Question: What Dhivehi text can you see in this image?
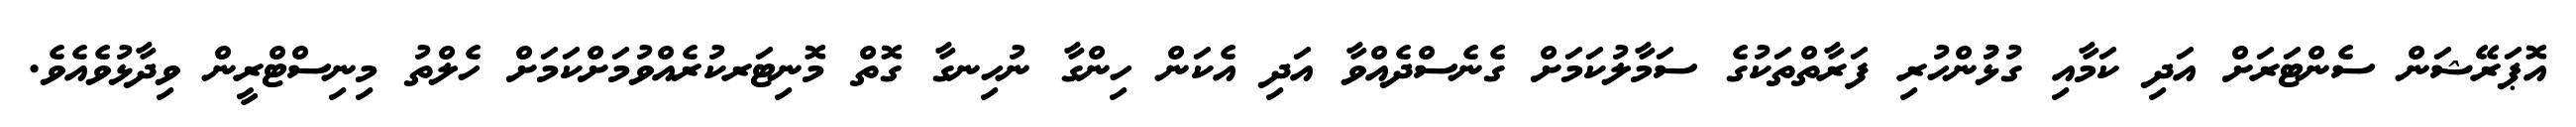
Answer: އޮޕަރޭޝަން ސެންޓަރަށް އަދި ކަމާއި ގުޅުުންހުރި ފަރާތްތަކުގެ ސަމާލުކަމަށް ގެނެސްދެއްވާ އަދި އެކަން ހިންގާ ނުހިނގާ ގޮތް މޮނިޓަރކުރެއްވުމަށްކަމަށް ހެލްތު މިނިސްޓްރީން ވިދާޅުވެއެވެ.